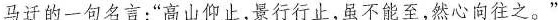
马迁的一句名言：”高山仰止，景行行止，虽不能至，然心向往之。”